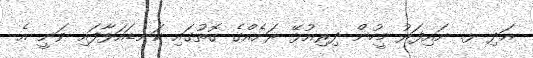
އަދި ޅ. ނައިފަރު މީހުން ދިރިއުޅޭ ރަށެއްގެ ގޮތުގައި ކަނޑައަޅާފައި ވަނީ އެ